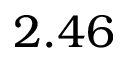
2 . 4 6